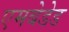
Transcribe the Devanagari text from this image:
एमबेडेड